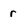
Character: r